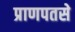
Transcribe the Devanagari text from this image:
प्राणपतसे